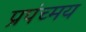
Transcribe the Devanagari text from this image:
प्रपंच्मय